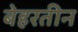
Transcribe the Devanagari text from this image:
बेहरतीन